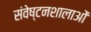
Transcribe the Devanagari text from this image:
संवेष्टनशालाओं